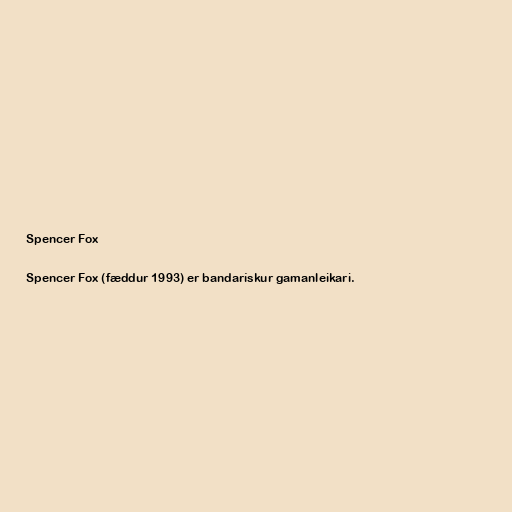
Spencer Fox

Spencer Fox (fæddur 1993) er bandarískur gamanleikari.